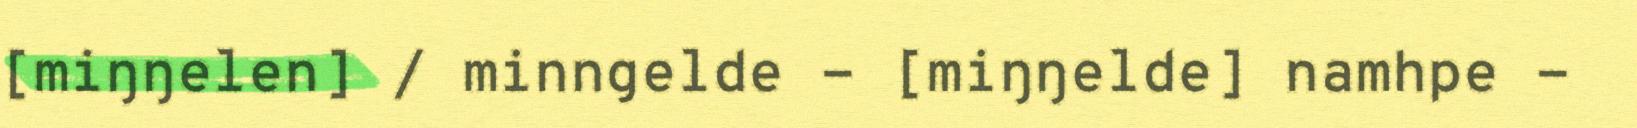
[miŋŋelen] / minngelde - [miŋŋelde] namhpe -